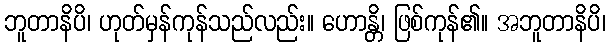
ဘူတာနိပိ၊ ဟုတ်မှန်ကုန်သည်လည်း။ ဟောန္တိ၊ ဖြစ်ကုန်၏။ အဘူတာနိပိ၊